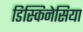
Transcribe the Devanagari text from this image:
डिस्किनेसिया